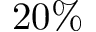
2 0 \%